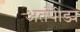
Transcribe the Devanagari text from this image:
अतंपीड्य